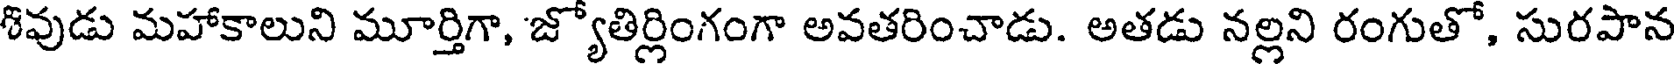
శివుడు మహాకాలుని మూర్తిగా, జ్యోతిర్లింగంగా అవతరించాడు. అతడు నల్లని రంగుతో, సురపాన